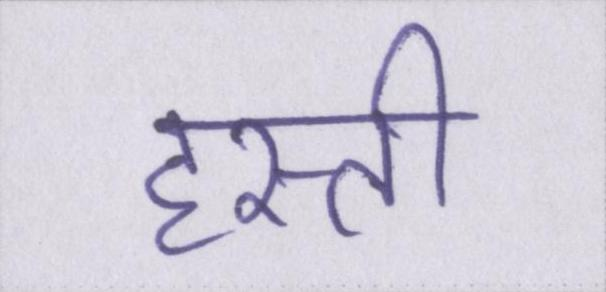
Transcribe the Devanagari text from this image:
हस्ती